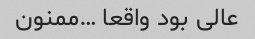
عالی بود واقعا …ممنون